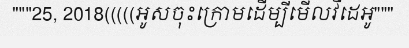
"""25, 2018(((((អូសចុះក្រោមដើម្បីមើលវីដេអូ"""